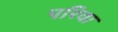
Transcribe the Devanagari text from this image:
परिवा